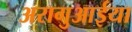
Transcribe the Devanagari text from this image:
अरागुआईया